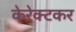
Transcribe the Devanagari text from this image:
केरेक्टकर